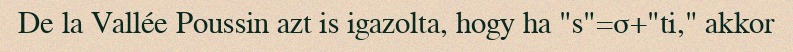
De la Vallée Poussin azt is igazolta, hogy ha "s"=σ+"ti," akkor